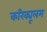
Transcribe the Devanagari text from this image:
करिक्यूलम